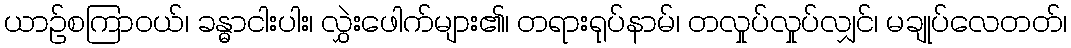
ယာဉ်စကြာဝယ်၊ ခန္ဓာငါးပါး၊ လွှဲးဖေါက်များ၏၊ တရားရုပ်နာမ်၊ တလှုပ်လှုပ်လျှင်၊ မချုပ်လေတတ်၊